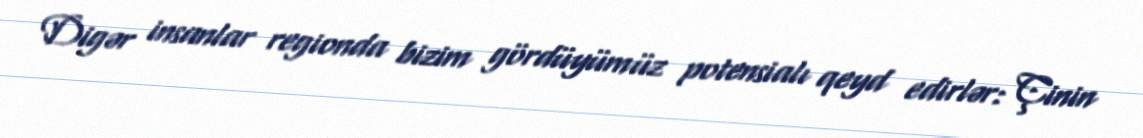
Digər insanlar regionda bizim gördüyümüz potensialı qeyd edirlər: Çinin